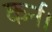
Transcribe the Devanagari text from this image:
कर्न।